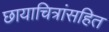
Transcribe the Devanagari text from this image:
छायाचित्रांसहित